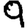
Digit: 9